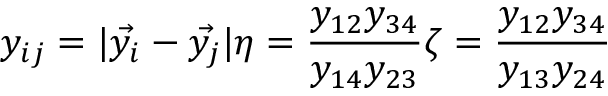
y _ { i j } = | \vec { y _ { i } } - \vec { y _ { j } } | \eta = \frac { y _ { 1 2 } y _ { 3 4 } } { y _ { 1 4 } y _ { 2 3 } } \zeta = \frac { y _ { 1 2 } y _ { 3 4 } } { y _ { 1 3 } y _ { 2 4 } }